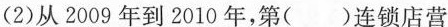
(2)从2009年到2010年，第（）连锁店营